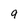
Character: 9